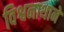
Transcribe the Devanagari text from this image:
विश्वनाथाने